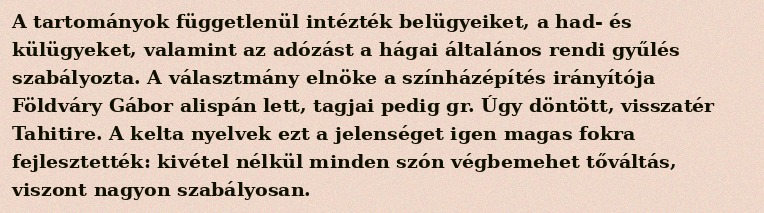
A tartományok függetlenül intézték belügyeiket, a had- és külügyeket, valamint az adózást a hágai általános rendi gyűlés szabályozta. A választmány elnöke a színházépítés irányítója Földváry Gábor alispán lett, tagjai pedig gr. Úgy döntött, visszatér Tahitire. A kelta nyelvek ezt a jelenséget igen magas fokra fejlesztették: kivétel nélkül minden szón végbemehet tőváltás, viszont nagyon szabályosan.